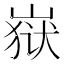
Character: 𰎫